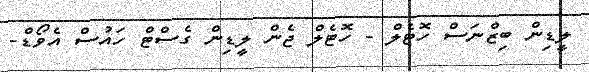
ލީޑިން ބިޒްނަސް ހޮޓެލް - ހޮޓެލް ޖެން ލީޑިން ގެސްޓް ހައުސް އެވޯޑް-